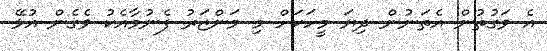
އެ ވަގުތުން އެތަނުން ދިޔަ މީހަކަށް މި މަންޒަރު ފެނުމާއެކު ވެގެން އުޅޭ